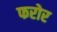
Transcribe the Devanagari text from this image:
फरोर